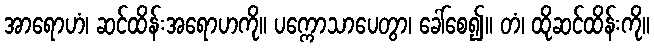
အာရောဟံ၊ ဆင်ထိန်းအရောဟကို။ ပက္ကောသာပေတွာ၊ ခေါ်စေ၍။ တံ၊ ထိုဆင်ထိန်းကို။